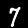
Label: 7